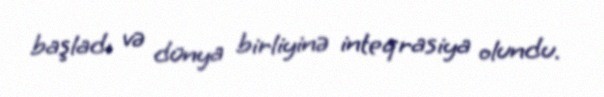
başladı və dünya birliyinə inteqrasiya olundu.